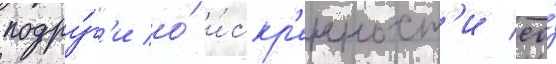
подру́г'и о́ и́скр'енност'и ео́